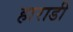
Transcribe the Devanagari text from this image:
हाराडी